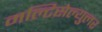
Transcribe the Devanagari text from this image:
मल्टिसेल्युलर